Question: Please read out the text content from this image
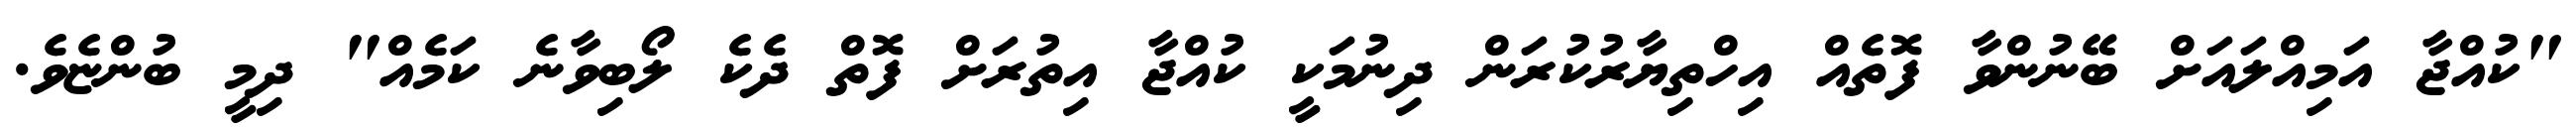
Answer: "ކުއްޖާ އަމިއްލައަށް ބޭނުންވާ ފޮތެއް އިހްތިޔާރުކުރަން ދިނުމަކީ ކުއްޖާ އިތުރަށް ފޮތް ދެކެ ލޯބިވާނެ ކަމެއް" ދިމީ ބުންޏެވެ.